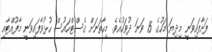
ފަށާފައިވަނީ މިދިޔަ މަހުގެ 15 ވަނަ ދުވަހުއެވެ. މިހާތަނަށް ގެސްޓްހައުސް ހުޅުވާފައިވަނީ މާފުއްޓާއި